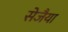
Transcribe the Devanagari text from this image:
सेजैया